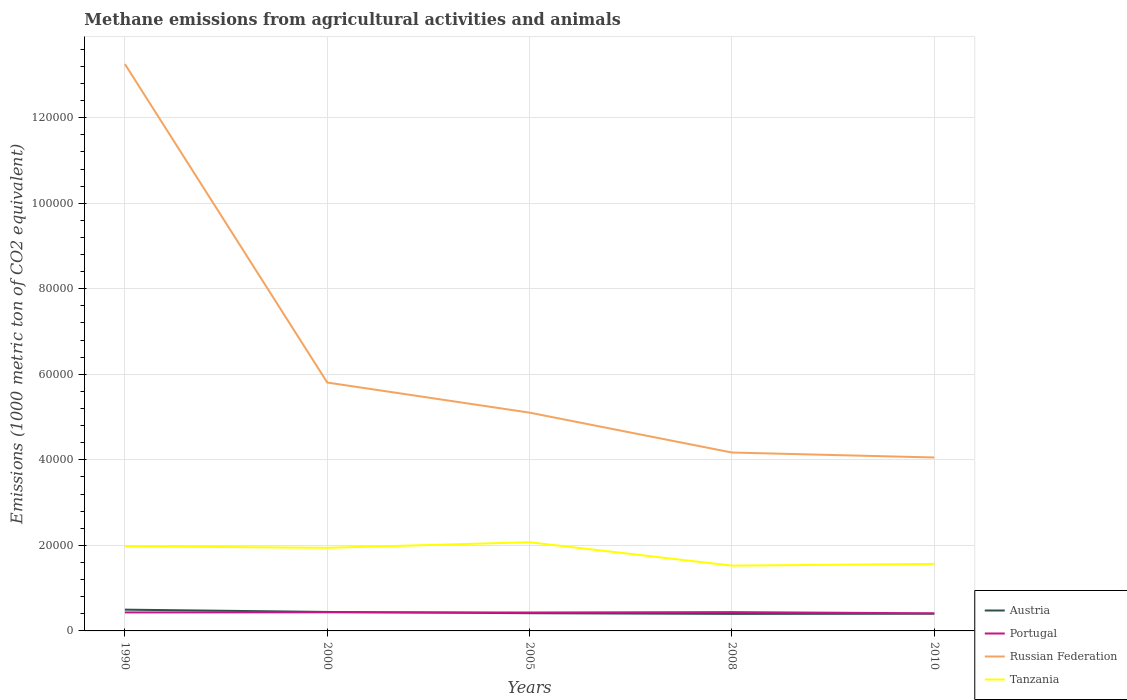
| Years | Austria | Portugal | Russian Federation | Tanzania |
 | --- | --- | --- | --- | --- |
 | 1990 | 4.97e+03 | 4.32e+03 | 1.33e+05 | 1.98e+04 |
 | 2000 | 4.43e+03 | 4.36e+03 | 5.81e+04 | 1.94e+04 |
 | 2005 | 4.14e+03 | 4.31e+03 | 5.1e+04 | 2.07e+04 |
 | 2008 | 3.98e+03 | 4.4e+03 | 4.17e+04 | 1.53e+04 |
 | 2010 | 4.02e+03 | 4.11e+03 | 4.06e+04 | 1.57e+04 |